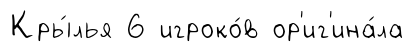
Кры́лья 6 игроко́в ор'иг'ина́ла